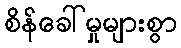
စိန်ခေါ်မှုများစွာ